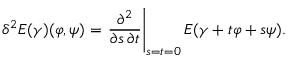
\delta ^ { 2 } E ( \gamma ) ( \varphi , \psi ) = \left. { \frac { \partial ^ { 2 } } { \partial s \, \partial t } } \right| _ { s = t = 0 } E ( \gamma + t \varphi + s \psi ) .